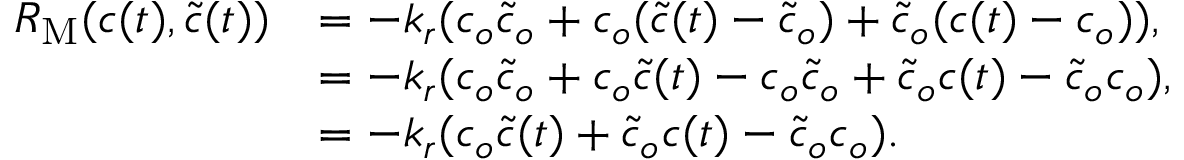
\begin{array} { r l } { R _ { \mathrm { M } } ( c ( t ) , \tilde { c } ( t ) ) } & { = - k _ { r } ( c _ { o } \tilde { c } _ { o } + c _ { o } ( \tilde { c } ( t ) - \tilde { c } _ { o } ) + \tilde { c } _ { o } ( c ( t ) - c _ { o } ) ) , } \\ & { = - k _ { r } ( c _ { o } \tilde { c } _ { o } + c _ { o } \tilde { c } ( t ) - c _ { o } \tilde { c } _ { o } + \tilde { c } _ { o } c ( t ) - \tilde { c } _ { o } c _ { o } ) , } \\ & { = - k _ { r } ( c _ { o } \tilde { c } ( t ) + \tilde { c } _ { o } c ( t ) - \tilde { c } _ { o } c _ { o } ) . } \end{array}